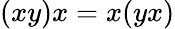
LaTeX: (xy)x=x(yx)